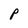
Character: P